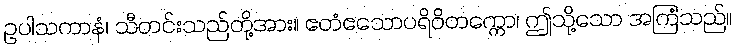
ဥပါသကာနံ၊ သီတင်းသည်တို့အား။ ဧတံဧသောပရိဝိတက္ကော၊ ဤသို့သော အကြံသည်။